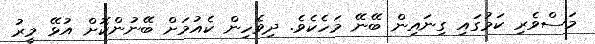
މަސްވެރި ކަމުގައި ގިނައިން ބޭނޭ މަހެކެވެ. ދިވެހިން ކެއުމަށް ބޭނުންކޮށް އުޅޭ މީރު